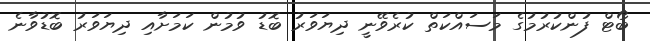
ބޯޓް ފުންކުރުމުގެ މަސައްކަތް ކުރެވޭނީ ދިޔަވަރު ބޮޑު ވުމުން ކަމަށާއި ދިޔަވަރު ބޮޑުވާނެ